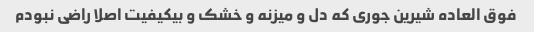
فوق العاده شیرین جوری که دل و میزنه و خشک و بیکیفیت اصلا راضی نبودم